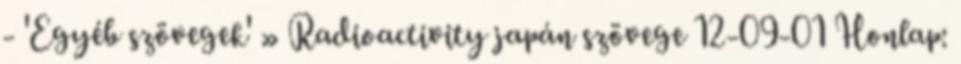
- 'Egyéb szövegek' » Radioactivity japán szövege 12-09-01 Honlap: